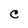
Character: C